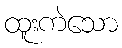
ထူးကဲသော